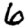
Digit: 6